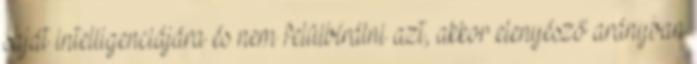
saját intelligenciájára és nem felülbírálni azt, akkor elenyésző arányban